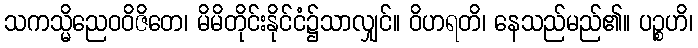
သကသ္မိညေဝဝိဇိတေ၊ မိမိတိုင်းနိုင်ငံ၌သာလျှင်။ ဝိဟရတိ၊ နေသည်မည်၏။ ပဉ္စဟိ၊